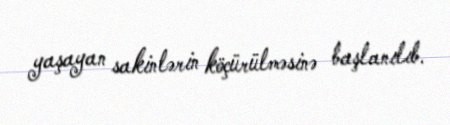
yaşayan sakinlərin köçürülməsinə başlanılıb.